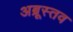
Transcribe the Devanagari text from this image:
अब्रूस्तव